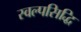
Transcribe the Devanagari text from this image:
स्वल्पसिद्धि